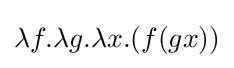
\lambda f.\lambda g.\lambda x.(f(gx))